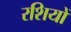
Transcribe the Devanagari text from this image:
रशियों